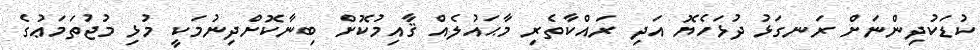
ކުޑަކުދިންނަށް ރަނގަޅު ދުޅަހެޔޮ އަދި ރައްކާތެރި މާޙައުލެއް ޤާއިމުކޮށް ބިނާކޮށްދިނުމަކީ މުޅި މުޖުތަމަޢުގެ